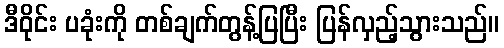
ဒီဝိုင်း ပခုံးကို တစ်ချက်တွန့်ပြပြီး ပြန်လှည့်သွားသည်။